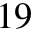
1 9